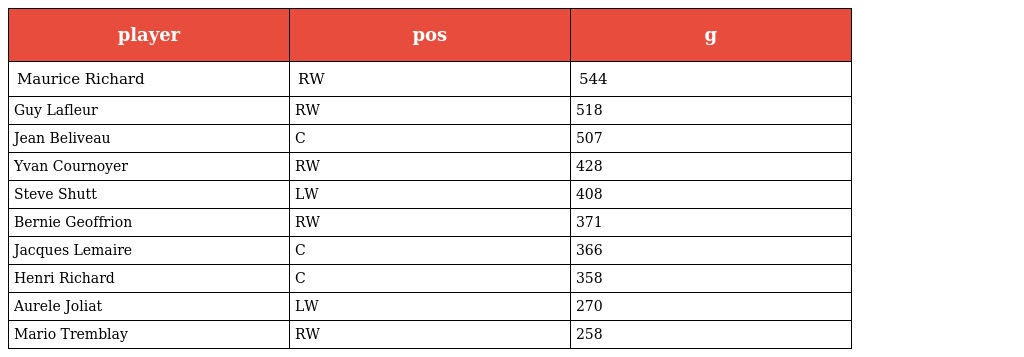
| player | pos | g |
 | --- | --- | --- |
 | Maurice Richard | RW | 544 |
 | Guy Lafleur | RW | 518 |
 | Jean Beliveau | C | 507 |
 | Yvan Cournoyer | RW | 428 |
 | Steve Shutt | LW | 408 |
 | Bernie Geoffrion | RW | 371 |
 | Jacques Lemaire | C | 366 |
 | Henri Richard | C | 358 |
 | Aurele Joliat | LW | 270 |
 | Mario Tremblay | RW | 258 |